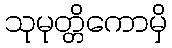
သုမုတ္တိကောမှိ